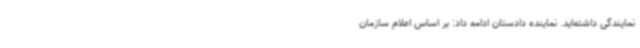
نمایندگی داشته‌اید. نماینده دادستان ادامه داد: بر اساس اعلام سازمان